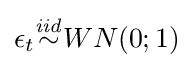
\epsilon _{t}{\stackrel {\mathit {iid}}{\sim }}WN(0;1)